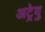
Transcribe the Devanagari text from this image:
अट्रेयु